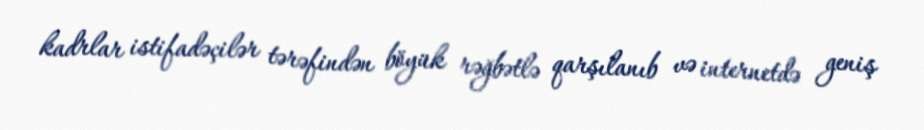
kadrlar istifadəçilər tərəfindən böyük rəğbətlə qarşılanıb və internetdə geniş